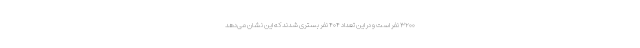
۳۲۰۰ نفر است و در این تعداد ۴۰۴ نفر بستری شدند که این نشان می‌دهد